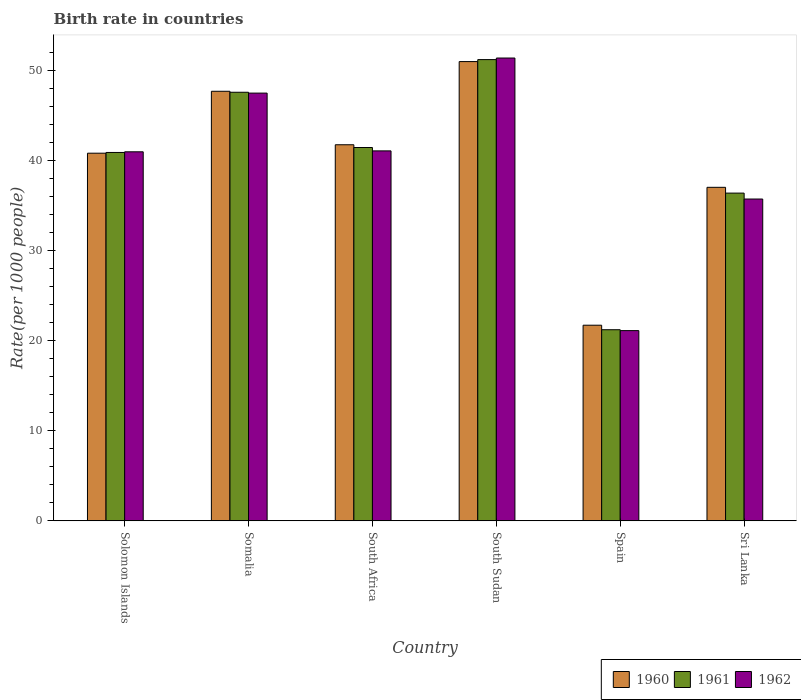
| Country | 1960 | 1961 | 1962 |
 | --- | --- | --- | --- |
 | Solomon Islands | 40.8 | 40.9 | 40.9 |
 | Somalia | 47.7 | 47.5 | 47.4 |
 | South Africa | 41.7 | 41.4 | 41 |
 | South Sudan | 50.9 | 51.2 | 51.3 |
 | Spain | 21.7 | 21.2 | 21.1 |
 | Sri Lanka | 37 | 36.4 | 35.7 |